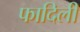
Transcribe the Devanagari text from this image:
फादिली